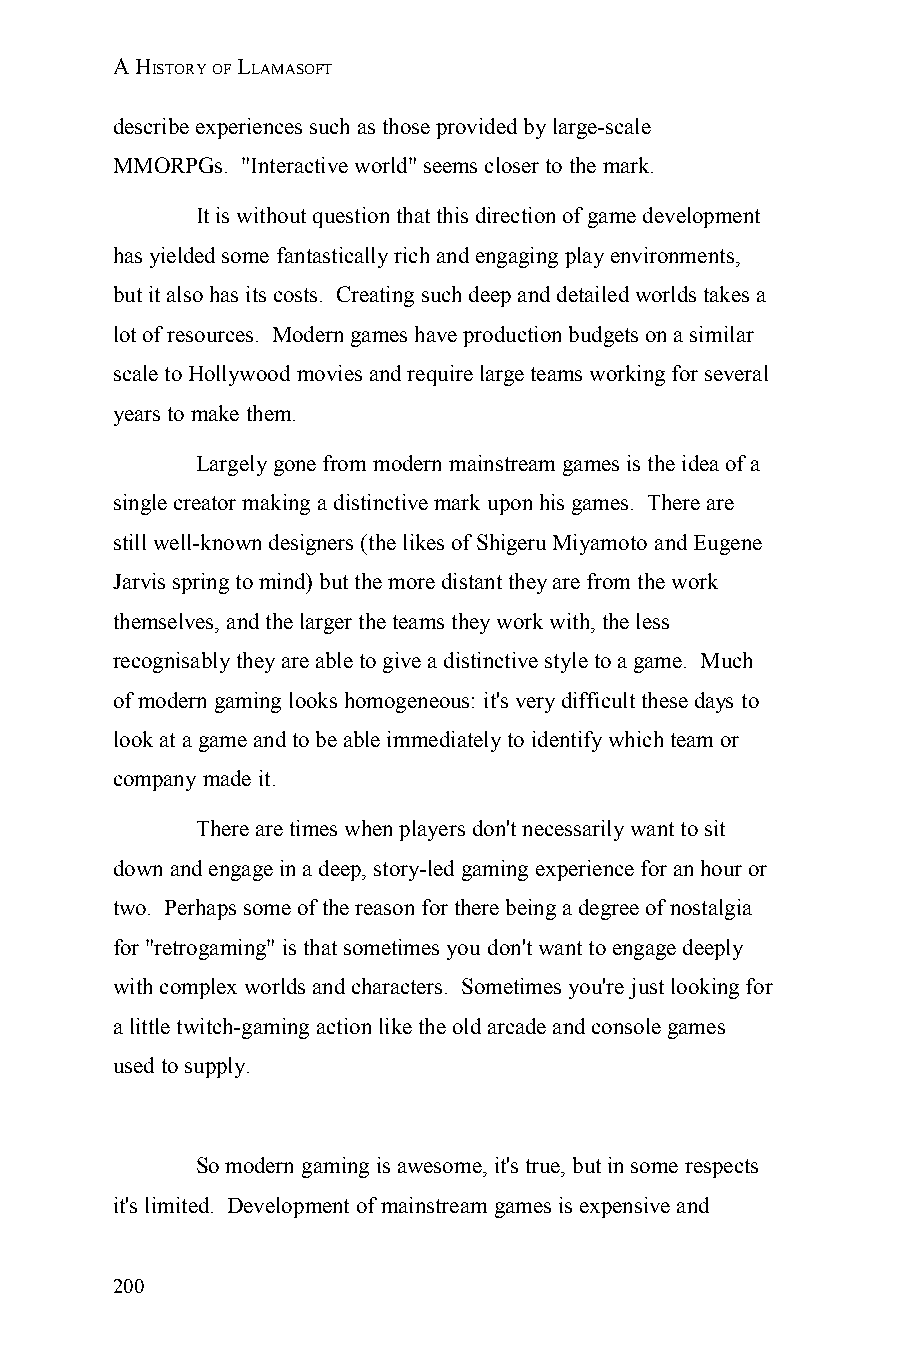
A HISTORY OF LLAMASOFT
 describe experiences such as those provided by large-scale
 MMORPGs. "Interactive world" seems closer to the mark.
 It is without question that this direction of game development
 has yielded some fantastically rich and engaging play environments,
 but it also has its costs. Creating such deep and detailed worlds takes a
 lot of resources. Modern games have production budgets on a similar
 scale to Hollywood movies and require large teams working for several
 years to make them.
 Largely gone from modern mainstream games is the idea of a
 single creator making a distinctive mark upon his games. There are
 still well-known designers (the likes of Shigeru Miyamoto and Eugene
 Jarvis spring to mind) but the more distant they are from the work
 themselves, and the larger the teams they work with, the less
 recognisably they are able to give a distinctive style to a game. Much
 of modern gaming looks homogeneous: it's very difficult these days to
 look at a game and to be able immediately to identify which team or
 company made it.
 There are times when players don't necessarily want to sit
 down and engage in a deep, story-led gaming experience for an hour or
 two. Perhaps some of the reason for there being a degree of nostalgia
 for "retrogaming" is that sometimes you don't want to engage deeply
 with complex worlds and characters. Sometimes you're just looking for
 a little twitch-gaming action like the old arcade and console games
 used to supply.
 So modern gaming is awesome, it's true, but in some respects
 it's limited. Development of mainstream games is expensive and
 200